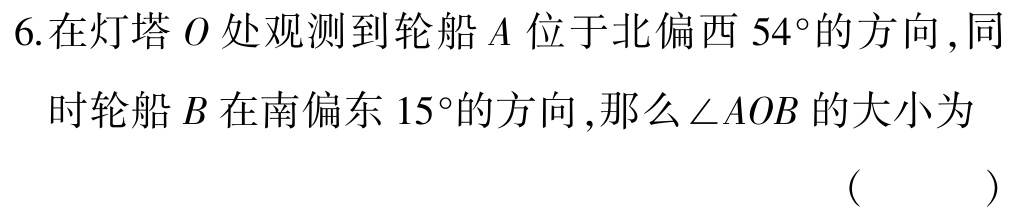
6.在灯塔\(O\)处观测到轮船\(A\)位于北偏西\(54^{\circ}\)的方向,同时轮船\(B\)在南偏东\(15^{\circ}\)的方向,那么\(\angle AOB\)的大小为 （  ）